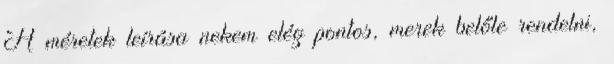
A méretek leírása nekem elég pontos, merek belőle rendelni,